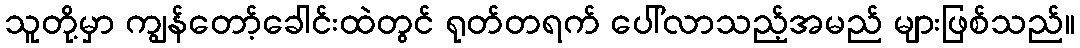
သူတို့မှာ ကျွန်တော့်ခေါင်းထဲတွင် ရုတ်တရက် ပေါ်လာသည့်အမည် များဖြစ်သည်။